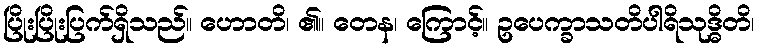
ပြိုးပြိုးပြက်ရှိသည်။ ဟောတိ၊ ၏။ တေန၊ ကြောင့်။ ဥပေက္ခာသတိပါရိသုဒ္ဓိတိ၊